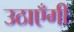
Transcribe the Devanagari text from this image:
उठाएँगी